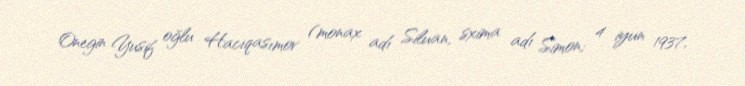
Onegin Yusif oğlu Hacıqasımov (monax adı Siluan, sxima adı Simon; 4 iyun 1937,